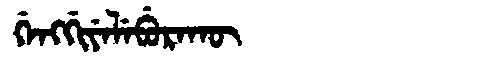
Manchu: ᡤᡝᠩᡤᡳᠶᡝᠯᡝᠪᡠᡵᠠᡴᡡ
Romanization: GENGGIYELEBURAKŪ